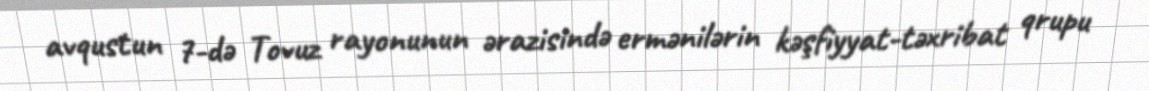
avqustun 7-də Tovuz rayonunun ərazisində ermənilərin kəşfiyyat-təxribat qrupu